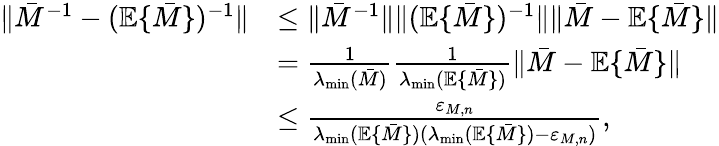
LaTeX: \begin{array}{rl}{\| \bar{M}^{-1}-(\mathbb{E}\{ \bar{M}\} )^{-1}\| }&{\le\| \bar{M}^{-1}\| \| (\mathbb{E}\{ \bar{M}\} )^{-1}\| \| \bar{M}-\mathbb{E}\{ \bar{M}\} \| }\\ &{=\frac{1}{\lambda_{\operatorname*{min}}(\bar{M})}\frac{1}{\lambda_{\operatorname*{min}}(\mathbb{E}\{ \bar{M}\} )}\| \bar{M}-\mathbb{E}\{ \bar{M}\} \| }\\ &{\le\frac{\varepsilon_{M,n}}{\lambda_{\operatorname*{min}}(\mathbb{E}\{ \bar{M}\} )(\lambda_{\operatorname*{min}}(\mathbb{E}\{ \bar{M}\} )-\varepsilon_{M,n})},}\end{array}